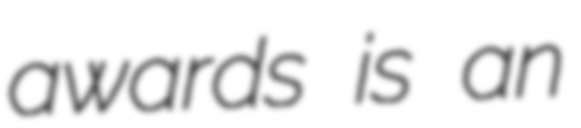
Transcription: awards is an